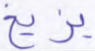
يزيغ